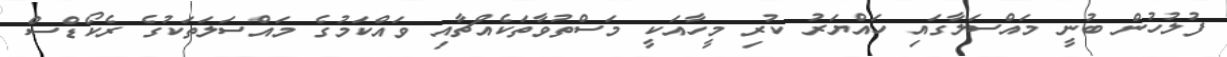
ފުލުހުން ބުނީ މައްސަލާގައި ހައްޔަރު ކުރި މީހާއަކީ މަސްތުވާތަކެއްޗާއި ވައްކަމުގެ މައްސަލަތަކުގެ ރެކޯޑްސް